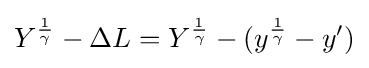
Y^{\frac {1}{\gamma }}-\Delta L=Y^{\frac {1}{\gamma }}-(y^{\frac {1}{\gamma }}-y')